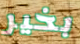
بخير